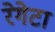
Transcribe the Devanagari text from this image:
रेगेटा